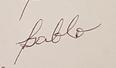
Signature authenticity: forged